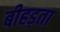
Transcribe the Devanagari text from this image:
बीहड़ता